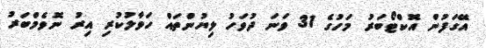
އޭގަފުން އޮކްޓޯބަރު މަހުގެ 31 ވަނަ ދުވަހު ލިޔުންތައް ހަވާލުކުރި އިރު ނޮވެމްބަރު